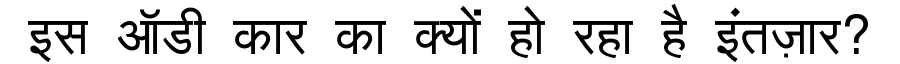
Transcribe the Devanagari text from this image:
इस ऑडी कार का क्यों हो रहा है इंतज़ार?